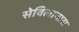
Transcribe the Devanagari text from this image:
सेविलानास